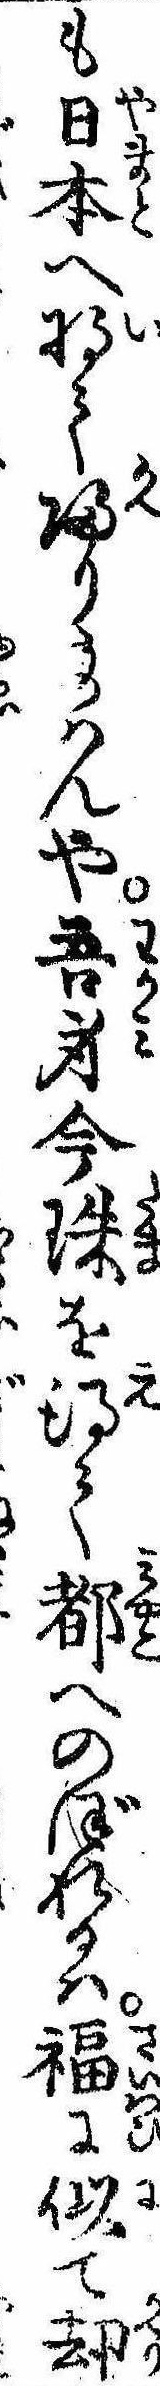
も日本へ将て帰り給はんや吾身今珠を得て都へのぼれるは福に似て却